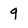
Character: 9